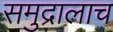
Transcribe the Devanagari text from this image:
समुद्रालाच